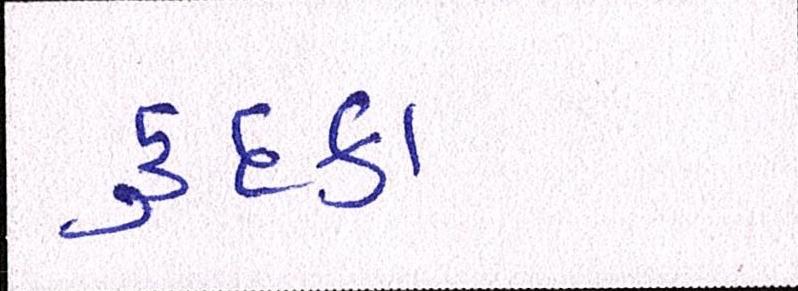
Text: કુદકા